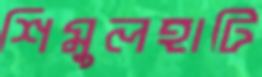
শিমুলহাটি